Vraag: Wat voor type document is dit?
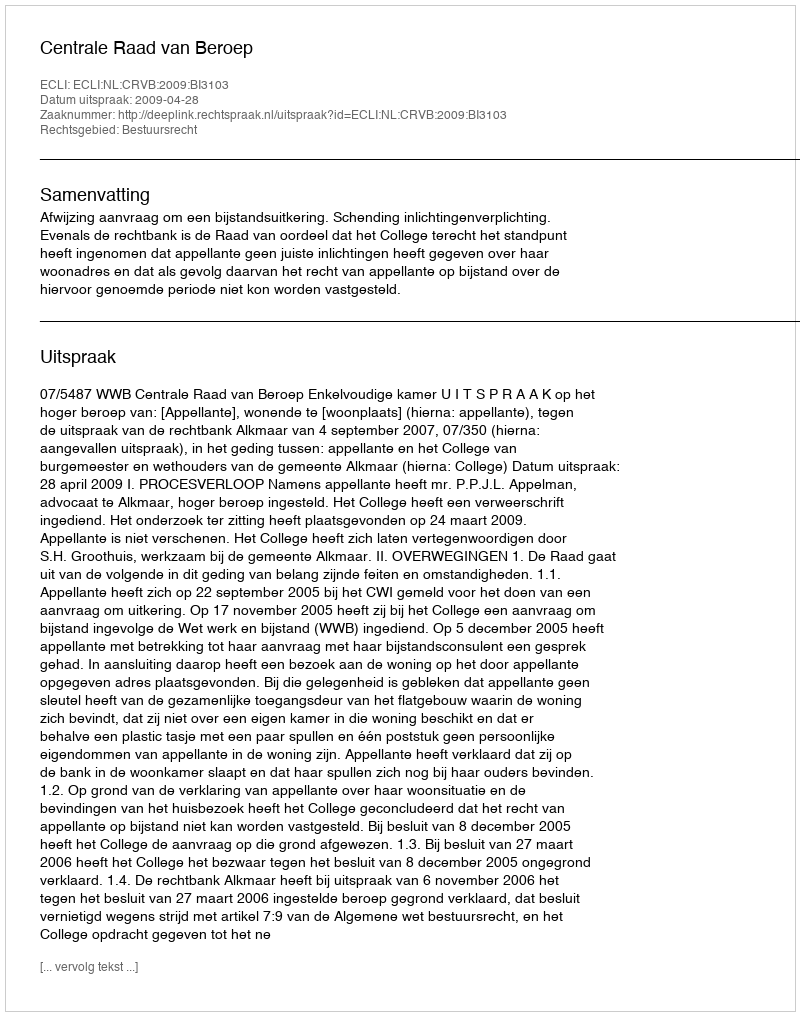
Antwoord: Uitspraak